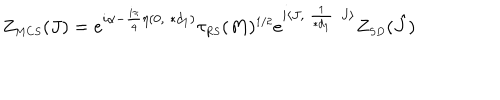
Z _ { \scriptscriptstyle M C S } ( J ) = e ^ { i \alpha - \frac { i \pi } { 4 } \eta ( 0 , \ast d _ { \scriptscriptstyle 1 } ) } \tau _ { \scriptscriptstyle R S } ( M ) ^ { \scriptscriptstyle 1 / 2 } e ^ { i \langle J , \frac { 1 } { \ast d _ { \scriptscriptstyle 1 } } J \rangle } Z _ { \scriptscriptstyle S D } ( \hat { J } )